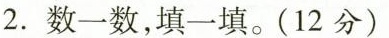
2.数一数，填一填。（12分）